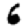
Digit: 6